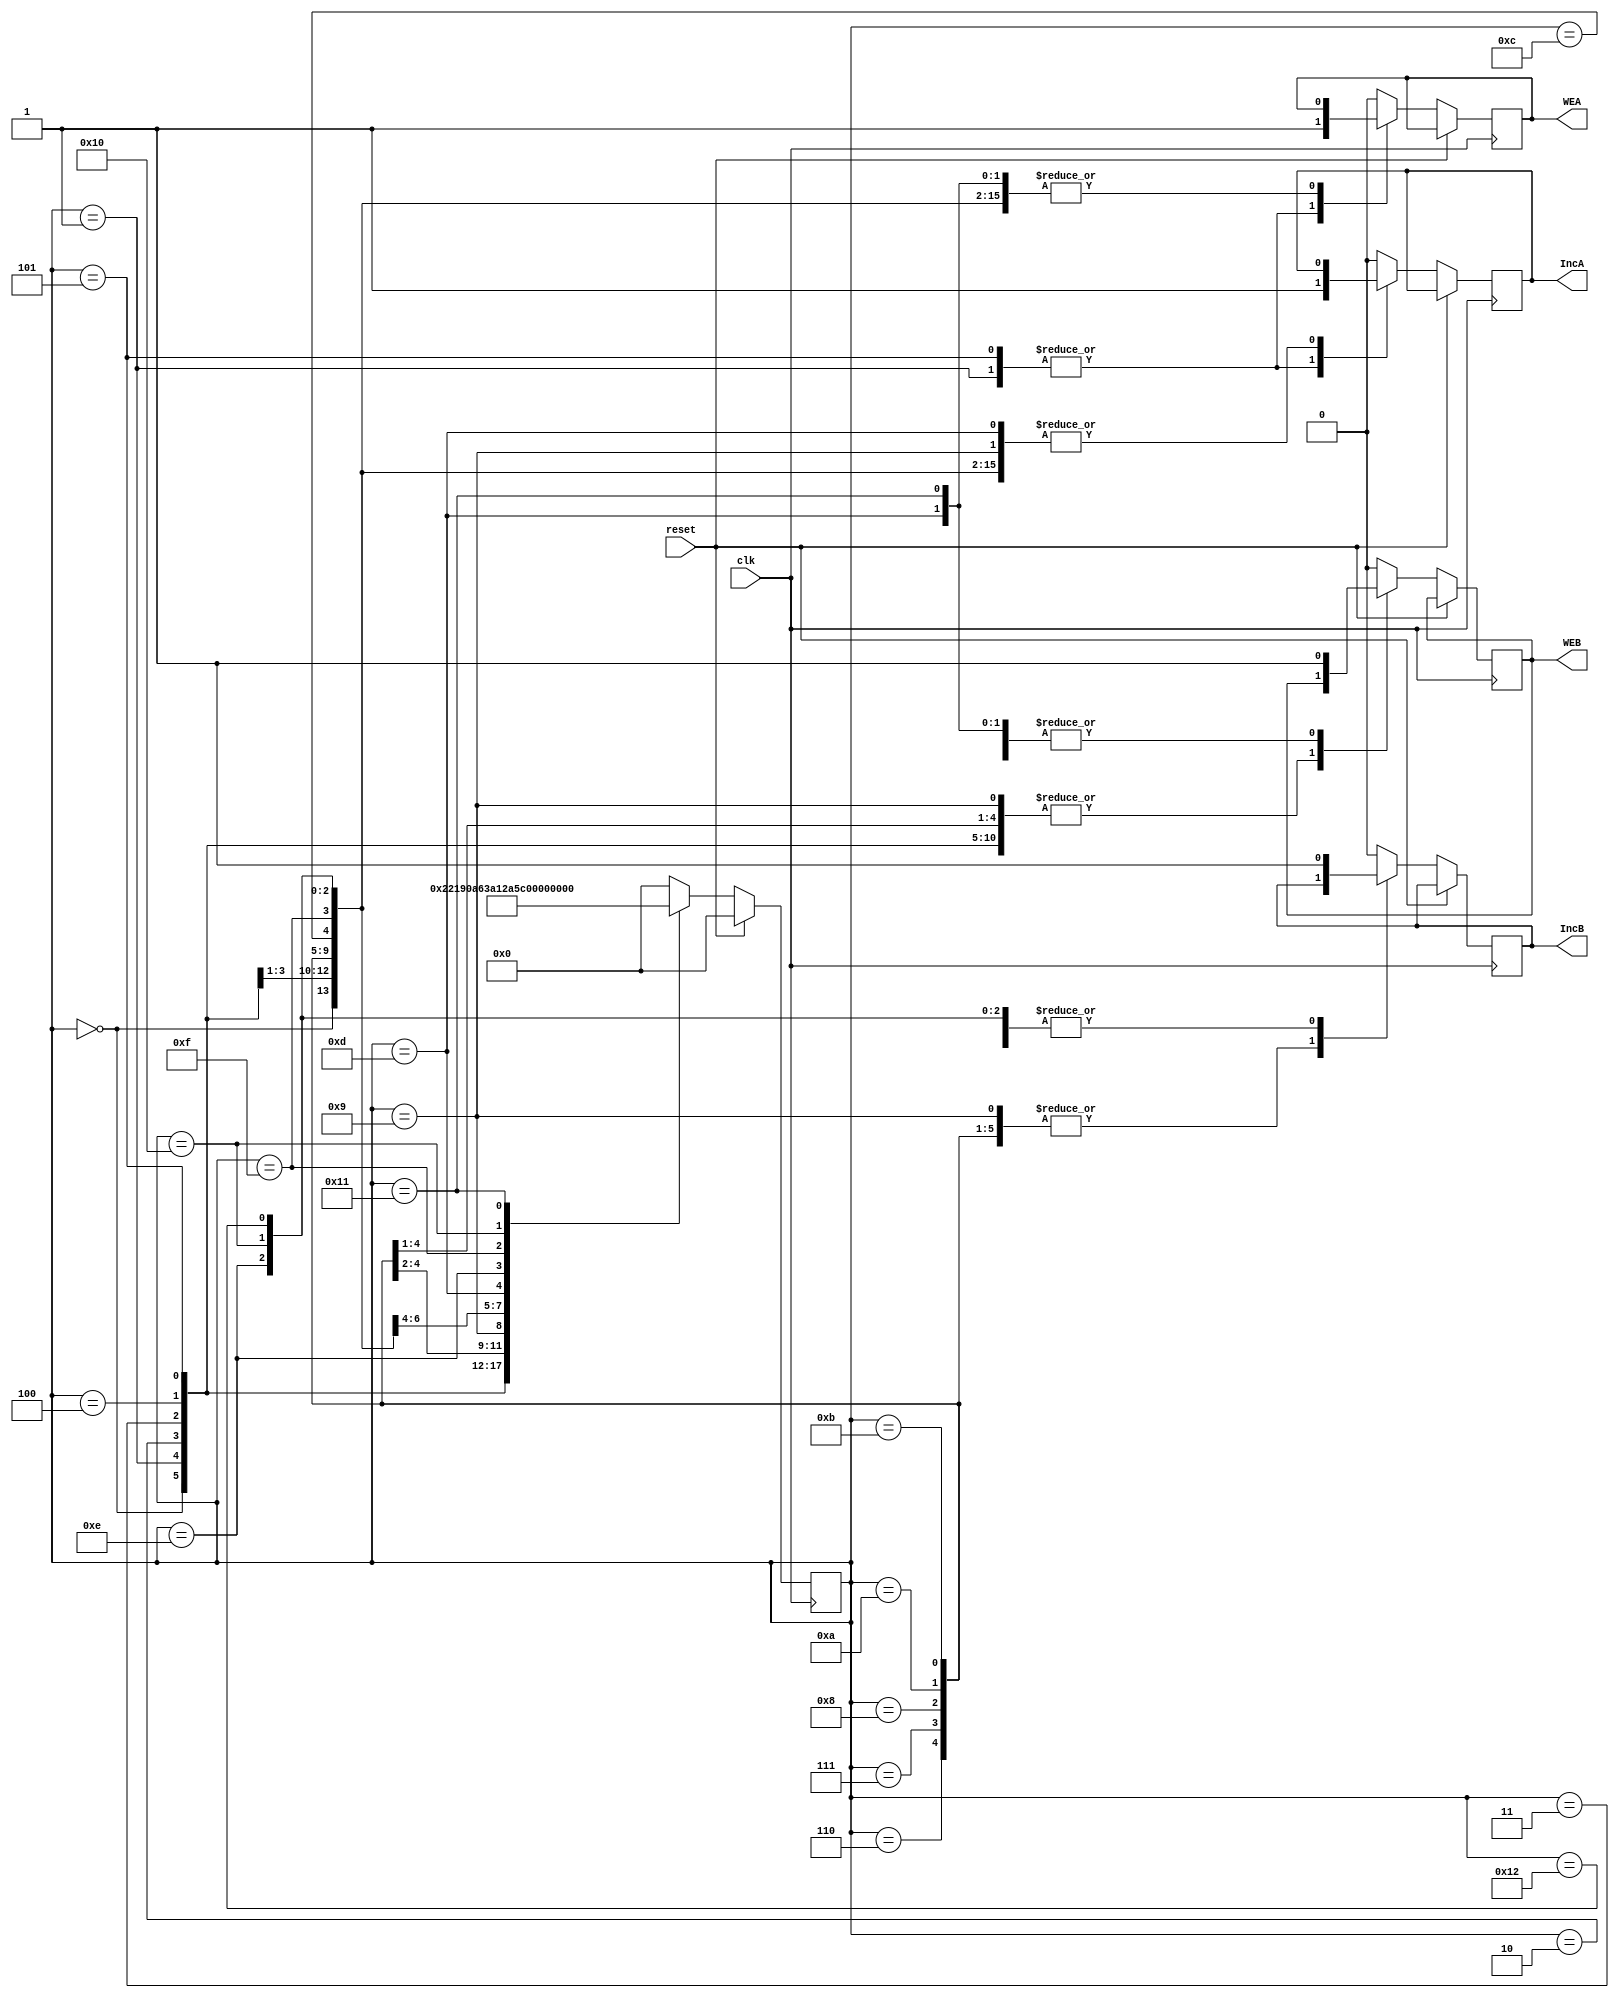
module controller(clk,reset,WEA,WEB,IncA,IncB);

input clk,reset;
output reg WEA,WEB,IncA,IncB;
reg [4:0] PS,NS;

localparam S0=5'b00000,S1=5'b00001,S2=5'b00010,S3=5'b00011,S4=5'b00100,S5=5'b00101,
	   S6=5'b00110,S7=5'b00111,S8=5'b01000,S9=5'b01001,S10=5'b01010,S11=5'b01011,
	   S12=5'b01100,S13=5'b01101,S14=5'b01110,S15=5'b01111,S16=5'b10000,S17=5'b10001,
	   S18=5'b10010;

initial
begin
  WEA=0;
  WEB=0;
  IncA=0;
  IncB=0;
  PS=S0;
  NS=S0;
end

always @(posedge clk)
begin
 PS=NS;
if (reset)
    begin
     NS = S0;
    end
else
  begin 
    case(PS)
      S0:
        begin
          NS = S1;
        end
      S1:
        begin
          NS = S2;
	  WEA=1;
  	  IncA=1;
	end
      S2:
        begin
          NS = S3;
	end
      S3:
        begin
          NS = S4;
	end
      S4:
        begin
          NS = S5;
	end
      S5:
        begin
          NS = S6;
	  WEA=1;
  	  IncA=1;
	end 
      S6:
        begin
          NS = S7;
	end 
      S7:
        begin
          NS = S8;
	end 
      S8:
        begin
          NS = S9;
	end 
      S9:
        begin
          NS = S10;
	  WEA=0;
	end 
      S10:
        begin
          NS = S11;
	end 
      S11:
        begin
          NS = S12;
	  WEB=1;
	end 
      S12:
        begin
          NS = S13;
	  WEB=0;
	  IncB=1;
	end 
      S13:
        begin
          NS = S14;
	  WEB=1;
  	  IncB=0;
	end 
      S14:
        begin
          NS = S15;
	  WEB=0;
  	  IncB=1;
	end 
      S15:
        begin
          NS = S16;
	  WEB=1;
  	  IncB=0;
	end 
      S16:
        begin
          NS = S17;
          WEB=0;
	  IncB=1;
	end 
      S17:
        begin
          NS = S18;
	  WEB=1;
  	  IncA=0;
	  IncB=0;
	end 
      S18:
        begin
          NS = S0;
  	  IncB=1;
	  WEB=0;
	end 
      default:
	  begin
	  NS = S0;
	  WEA=0;	
	  WEB=0;	
  	  IncA=0;
	  IncB=0;
	  end
      endcase 	
     end 
 end
endmodule